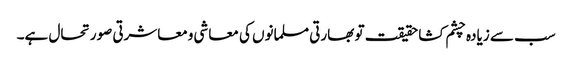
سب سے زیادہ چشم کشا حقیقت تو بھارتی مسلمانوں کی معاشی ومعاشرتی صورتحال ہے۔